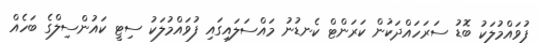
ފުވައްމުލަކު ބޮޑު ސަރަހައްދަކުން ކަރަންޓް ކެނޑުނު މައްސަލައިގައި ފުވައްމުލަކު ސިޓީ ކައުންސިލްގެ ބަހެއް